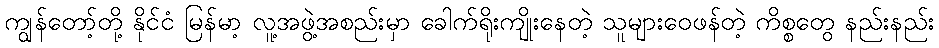
ကျွန်တော့်တို့ နိုင်ငံ မြန်မာ့ လူ့အဖွဲ့အစည်းမှာ ခေါက်ရိုးကျိုးနေတဲ့ သူများဝေဖန်တဲ့ ကိစ္စတွေ နည်းနည်း